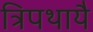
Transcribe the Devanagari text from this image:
त्रिपथायै